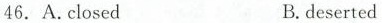
46. A.closed B.deserted